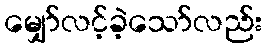
မျှော်လင့်ခဲ့သော်လည်း